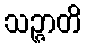
သဉ္ဇာတိ